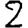
Digit: 2